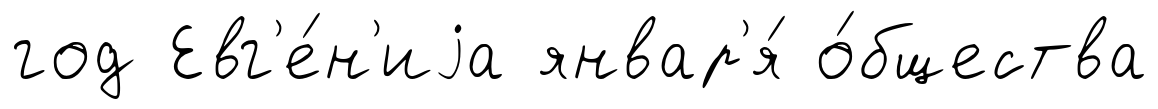
год Евг'е́н'иjа январ'я́ о́бщества